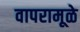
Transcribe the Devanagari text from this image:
वापरामूळे